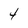
Character: 4